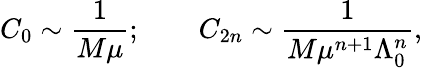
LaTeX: C_{0}\sim\frac{1}{M\mu};\qquad C_{2n}\sim\frac{1}{M\mu^{n+1}\Lambda_{0}^{n}},